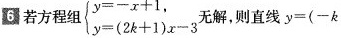
6若方程组 $$\begin {cases} y = - x + 1, \\ y = ( 2 k + 1 ) x - 3 \end {cases}$$无解，则直线$$y = ( - k